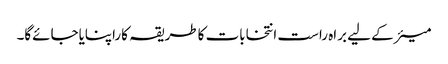
میئرکے لیے براہ راست انتخابات کاطریقہ کاراپنایاجائےگا۔